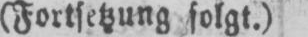
(Fortsetzung folgt.)